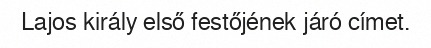
Lajos király első festőjének járó címet.